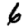
Digit: 6